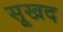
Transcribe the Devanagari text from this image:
सूखद